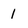
Character: 1